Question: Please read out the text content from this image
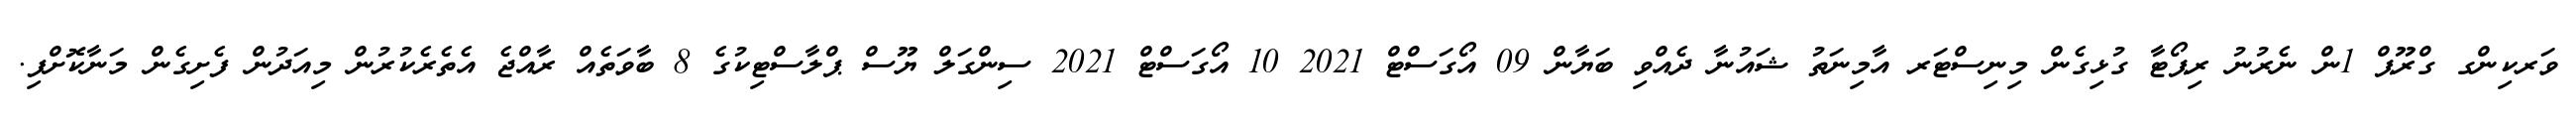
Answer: ވަރކިންގ ގްރޫޕް 1ން ނެރުނު ރިޕޯޓާ ގުޅިގެން މިނިސްޓަރ އާމިނަތު ޝައުނާ ދެއްވި ބަޔާން 09 އޯގަސްޓް 2021 10 އޯގަސްޓް 2021 ސިންގަލް ޔޫސް ޕްލާސްޓިކުގެ 8 ބާވަތެއް ރާއްޖެ އެތެރެކުރުން މިއަދުން ފެށިގެން މަނާކޮށްފި.